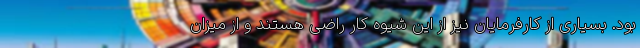
بود. بسیاری از کارفرمایان نیز از این شیوه کار راضی هستند و از میزان